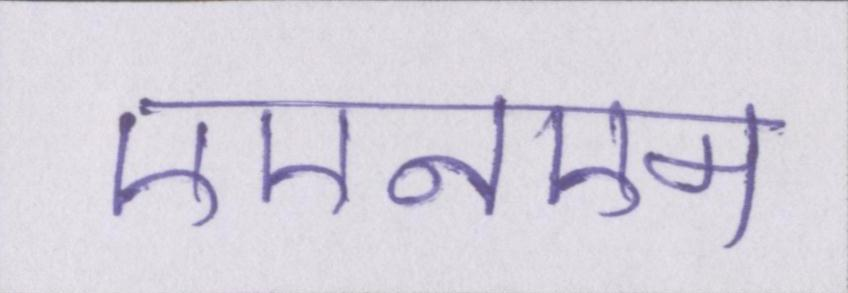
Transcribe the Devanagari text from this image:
एएनएम